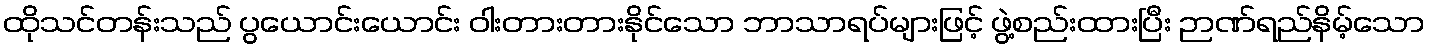
ထိုသင်တန်းသည် ပွယောင်းယောင်း ဝါးတားတားနိုင်သော ဘာသာရပ်များဖြင့် ဖွဲ့စည်းထားပြီး ဉာဏ်ရည်နိမ့်သော